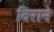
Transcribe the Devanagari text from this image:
विराने